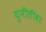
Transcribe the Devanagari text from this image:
युनीलीवर